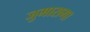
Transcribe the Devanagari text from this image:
जुमारागा